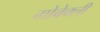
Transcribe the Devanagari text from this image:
गोबेक्ली